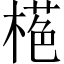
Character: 𱤁